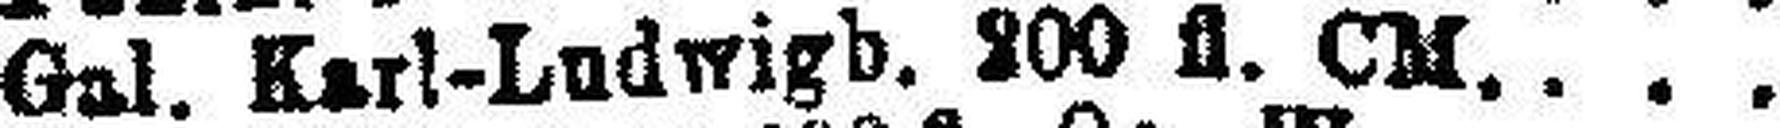
Gal. Karl-Ludwigb. 200 fl. CM.